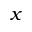
x